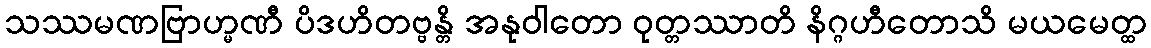
သဿမဏဗြာဟ္မဏီ ပိဒဟိတဗ္ဗန္တိ အနုဝါတော ဝုတ္တဿာတိ နိဂ္ဂဟီတောသိ မယမေတ္ထ